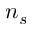
n _ { s }